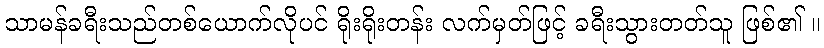
သာမန်ခရီးသည်တစ်ယောက်လိုပင် ရိုးရိုးတန်း လက်မှတ်ဖြင့် ခရီးသွားတတ်သူ ဖြစ်၏ ။